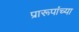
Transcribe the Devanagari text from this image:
प्रारूपांच्या